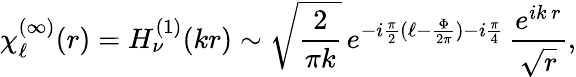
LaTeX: \chi_{\ell}^{(\infty)}(r)=H_{\nu}^{(1)}(kr)\sim\sqrt{\frac{2}{\pi k}}\, e^{-i\frac{\pi}{2}(\ell-\frac{\Phi}{2\pi})-i\frac{\pi}{4}}\, \frac{e^{ik\, r}}{\sqrt{r}},